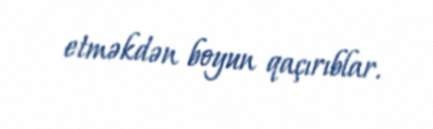
etməkdən boyun qaçırıblar.